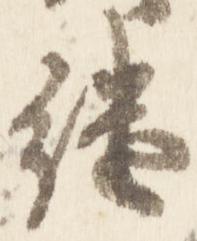
継